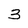
Character: 3